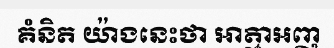
គំនិត យ៉ាងនេះថា អាត្មាអញ